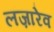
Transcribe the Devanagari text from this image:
लज़ारेव